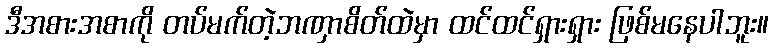
ဒီအစားအစာကို တပ်မက်တဲ့ဘဏှာစိတ်ထဲမှာ ထင်ထင်ရှားရှား ဖြစ်မနေပါဘူး။